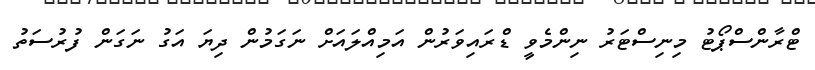
ޓްރާންސްޕޯޓު މިނިސްޓަރު ނިންމެވީ ޑްރައިވަރުން އަމިއްލައަށް ނަގަމުން ދިޔަ އަގު ނަގަން ފުރުސަތު